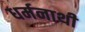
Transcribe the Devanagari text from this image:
धर्मनाथी